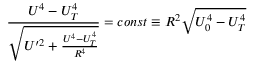
\frac { U ^ { 4 } - U _ { T } ^ { 4 } } { \sqrt { U ^ { \prime 2 } + \frac { U ^ { 4 } - U _ { T } ^ { 4 } } { R ^ { 4 } } } } = c o n s t \equiv R ^ { 2 } \sqrt { U _ { 0 } ^ { 4 } - U _ { T } ^ { 4 } }